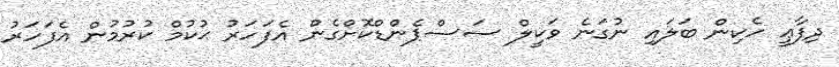
ދިފާޢީ ހެކިން ބަލައި ނުގަނެ ވަކީލް ސަސްޕެންޑްކޮށްގެން އެފަހަރު ޙުކުމް ކުރުމުން އެފަހަރު